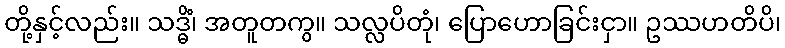
တို့နှင့်လည်း။ သဒ္ဓိံ၊ အတူတကွ။ သလ္လပိတုံ၊ ပြောဟောခြင်းငှာ။ ဥဿဟတိပိ၊